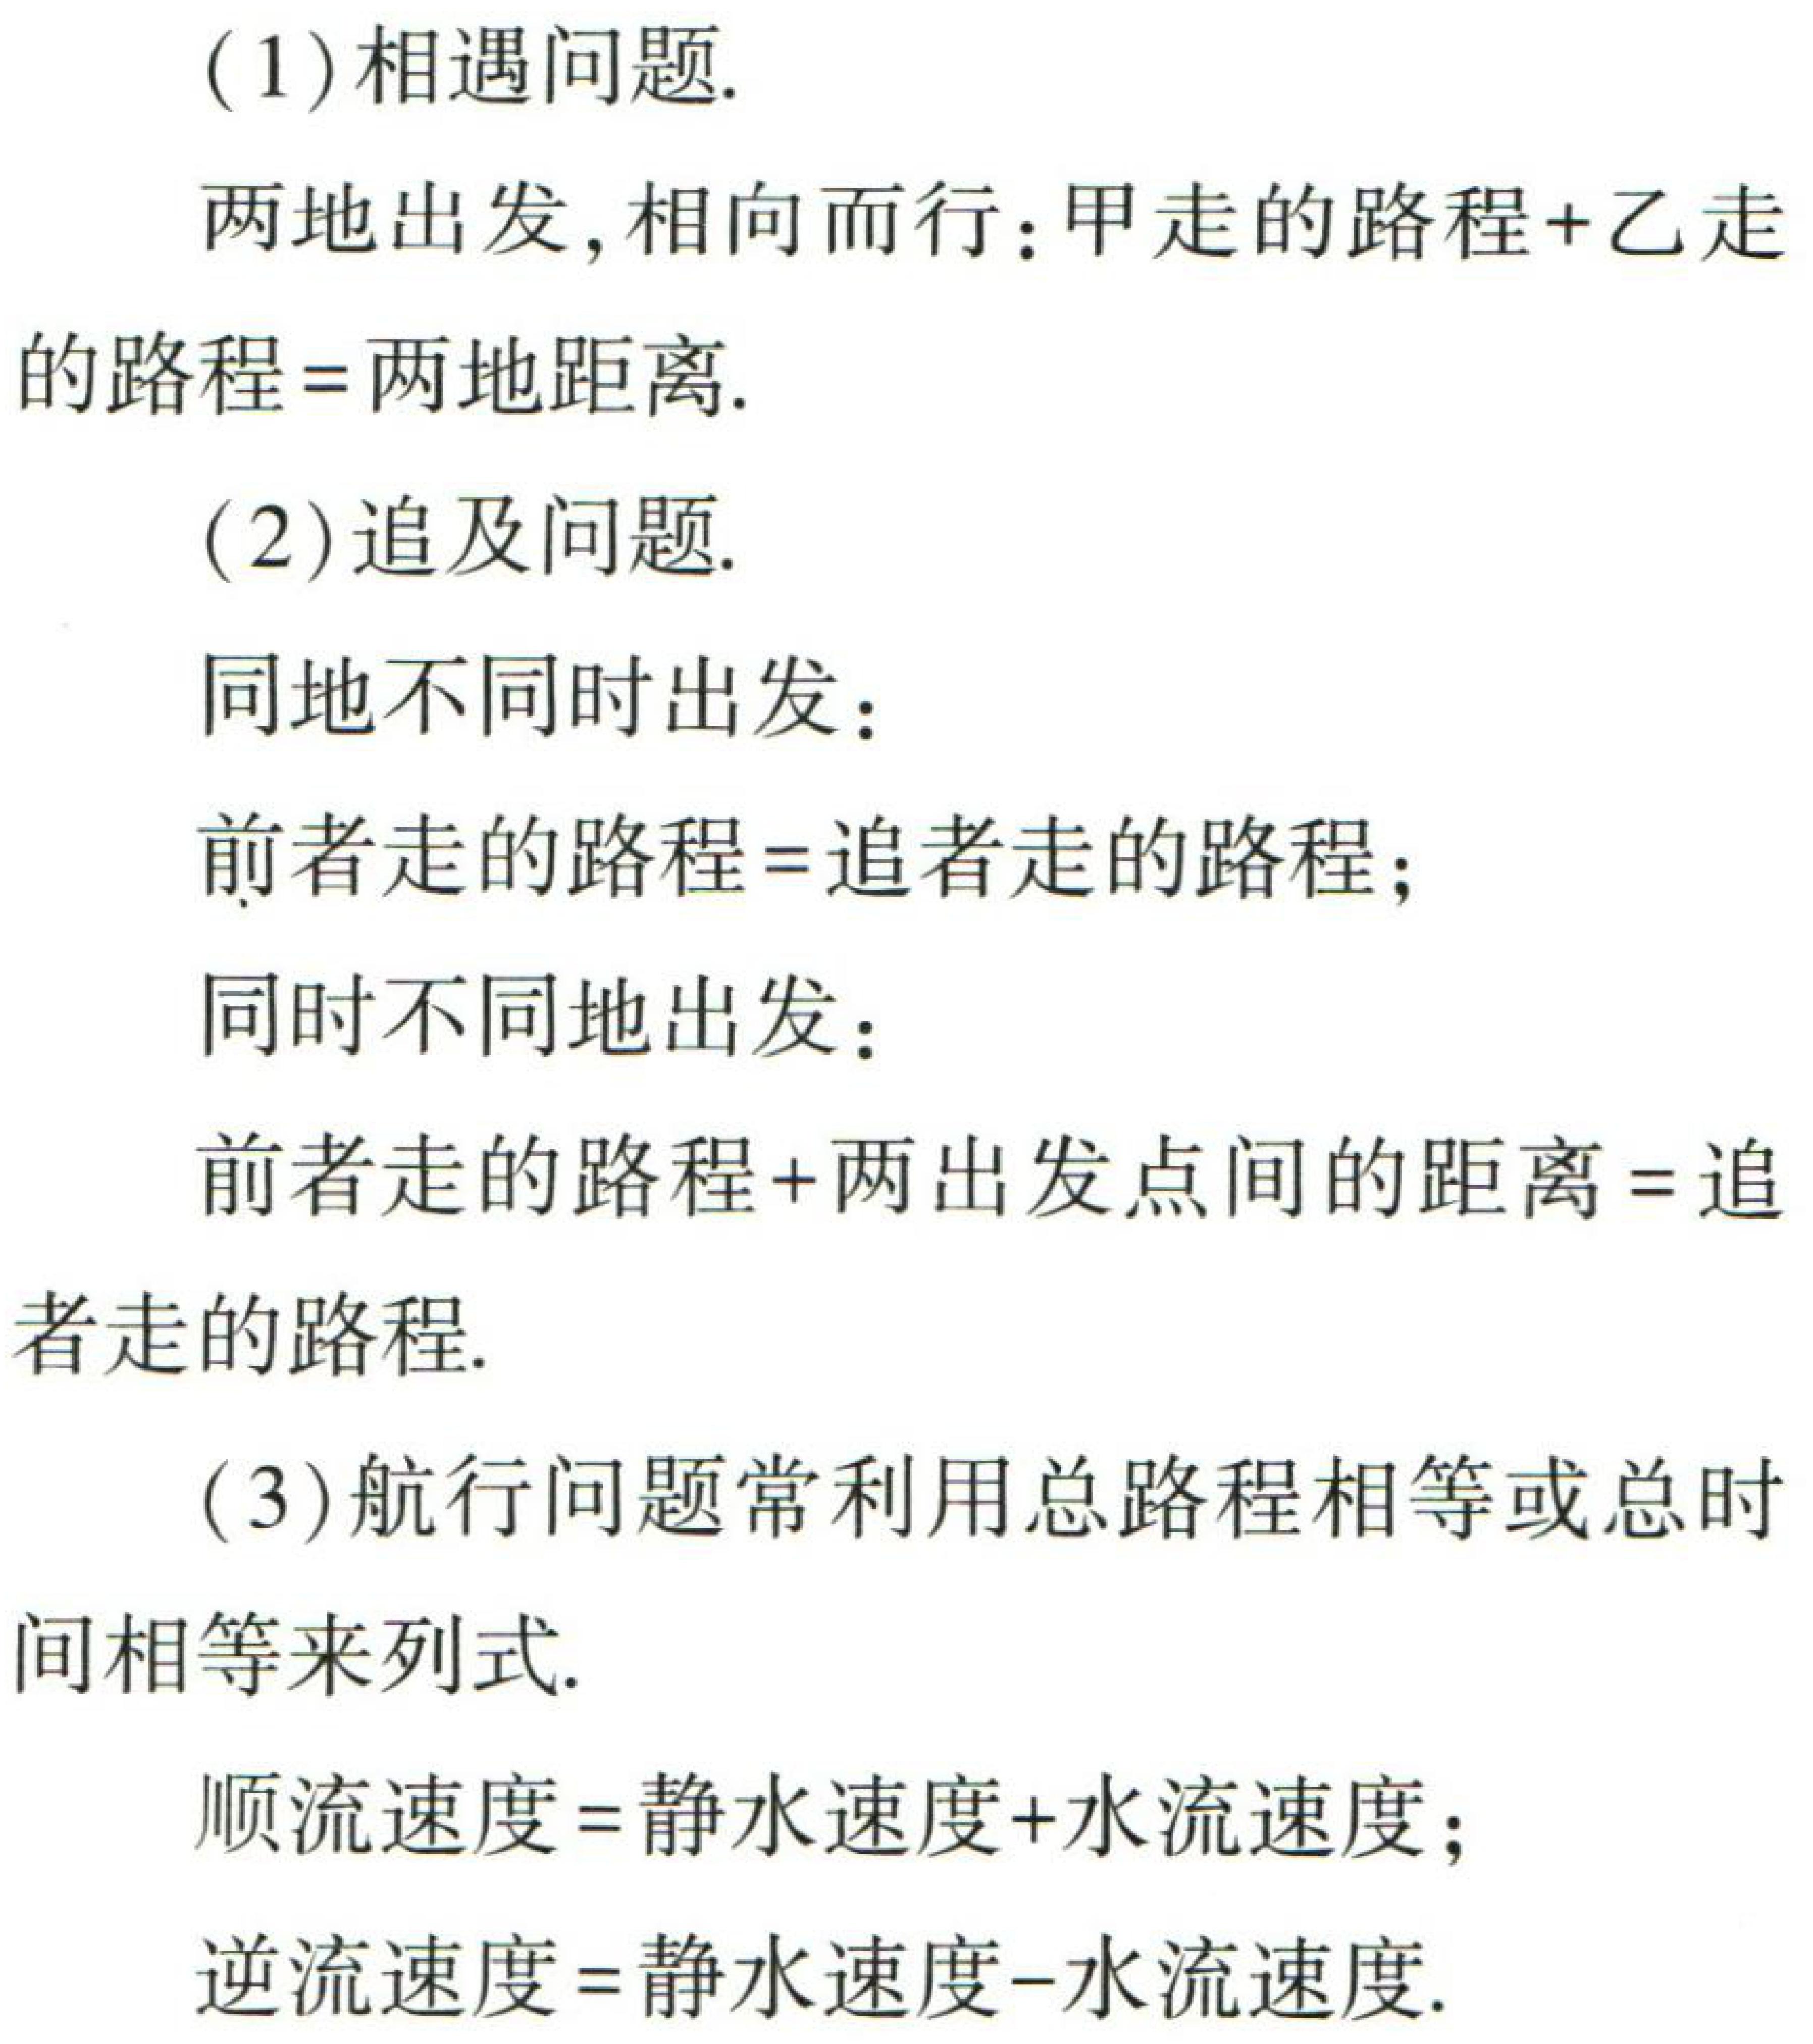
(1)相遇问题.

两地出发, 相向而行：甲走的路程+乙走的路程=两地距离.

(2)追及问题.

同地不同时出发：

前者走的路程=追者走的路程；

同时不同地出发：

前者走的路程+两出发点间的距离=追者走的路程.

(3)航行问题常利用总路程相等或总时间相等来列式.

顺流速度=静水速度+水流速度；

逆流速度=静水速度-水流速度.